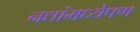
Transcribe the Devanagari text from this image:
नद्यांमध्येपण